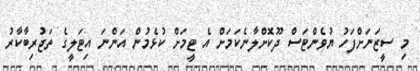
މި ސީޒަނަށްފަހު ޔުވެންޓަސް ދޫކޮށްލާނެކަމަށް އެ ޓީމަށް ކުޅެމުން އަންނަ އިޓަލީގެ ތަޖުރިބާކާރު